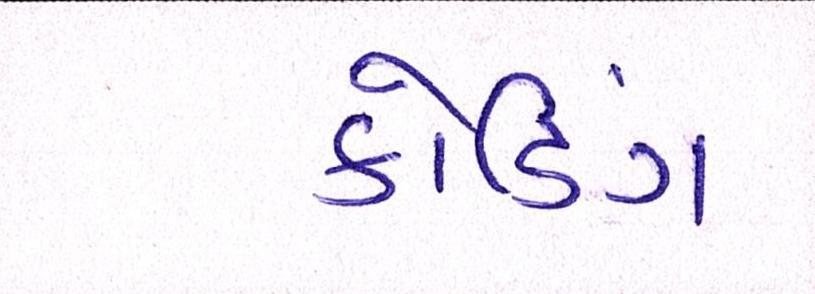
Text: કોડિંગ